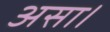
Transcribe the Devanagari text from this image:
असा।